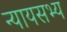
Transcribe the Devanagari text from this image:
न्यायसभ्य